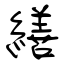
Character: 繕